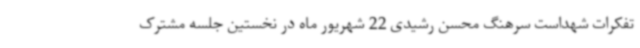
تفکرات شهداست سرهنگ محسن رشیدی 22 شهریور ماه در نخستین جلسه مشترک